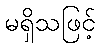
မရှိသဖြင့်